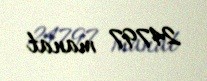
24797 manat